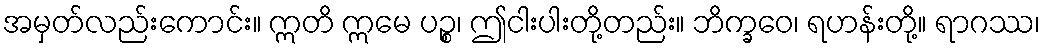
အမှတ်လည်းကောင်း။ ဣတိ ဣမေ ပဉ္စ၊ ဤငါးပါးတို့တည်း။ ဘိက္ခဝေ၊ ရဟန်းတို့။ ရာဂဿ၊